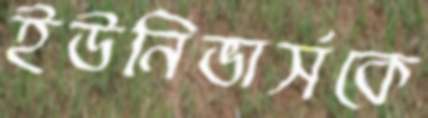
ইউনিভার্সকে